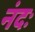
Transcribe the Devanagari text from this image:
नंदः